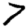
Digit: 7